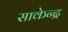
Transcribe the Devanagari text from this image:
साकेन्द्र